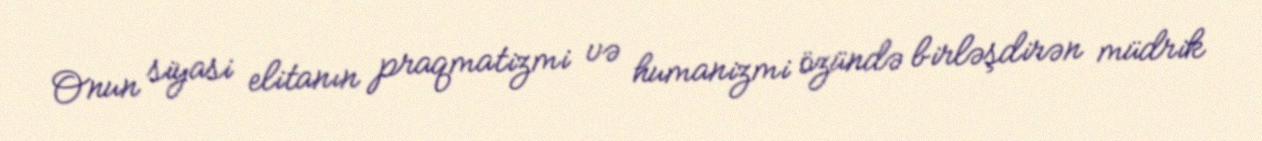
Onun siyasi elitanın praqmatizmi və humanizmi özündə birləşdirən müdrik